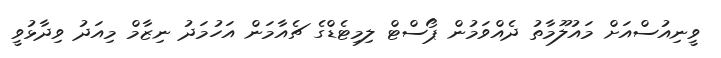
ވީނިއުސްއަށް މައުލޫމާތު ދެއްވަމުން ޕޯސްޓް ލިމިޓެޑްގެ ޗެއާމަން އަހުމަދު ނިޒާމް މިއަދު ވިދާޅުވީ